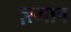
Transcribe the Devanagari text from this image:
ज़माव